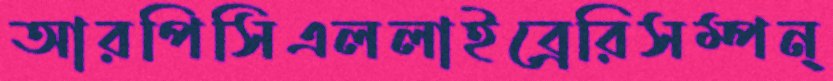
আরপিসিএললাইব্রেরিসম্পন্